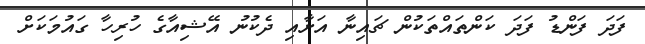
ފަދަ ފަންޑު ފަދަ ކަންތައްތަކުން ޗައިނާ އަށާއި ދެކުނު އޭޝިއާގެ ހުރިހާ ގައުމަކަށް